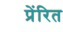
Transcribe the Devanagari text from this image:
प्रेंरित